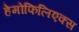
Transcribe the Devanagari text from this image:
हेमोफिलिएक्स